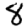
Digit: 8